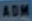
ADM